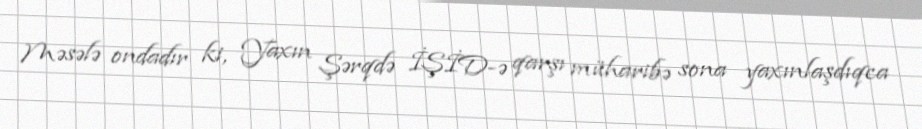
Məsələ ondadır ki, Yaxın Şərqdə İŞİD-ə qarşı müharibə sona yaxınlaşdıqca